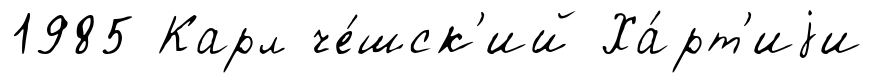
1985 Карл че́шск'ий Ха́рт'иjи